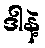
ဒါနဲ့